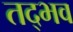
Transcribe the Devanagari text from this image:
तद्‍भव